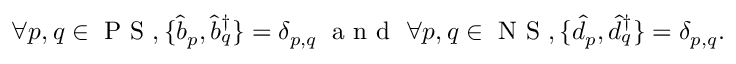
\begin{array} { r } { \forall p , q \in \ensuremath { \mathrm { ~ P ~ S ~ } } , \{ \hat { b } _ { p } , \hat { b } _ { q } ^ { \dagger } \} = \delta _ { p , q } \; \mathrm { ~ a ~ n ~ d ~ } \; \forall p , q \in \ensuremath { \mathrm { ~ N ~ S ~ } } , \{ \hat { d } _ { p } , \hat { d } _ { q } ^ { \dagger } \} = \delta _ { p , q } . \; \; } \end{array}